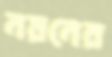
নয়নের